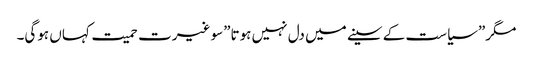
مگر”سیاست کے سینے میں دل نہیں ہوتا”سو غیرت حمیت کہاں ہوگی۔